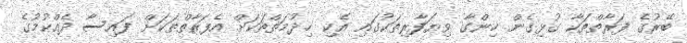
ބޭރުގެ ފަރާތްތަކާ ގުޅިގެން ހިންގާ ވިޔަފާރިތަކުގައި އެކި ޚިދުމަތްތަކަށް އެފަރާތްތަކަށް ފައިސާ ދެއްކުމުގެ